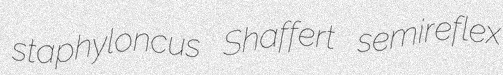
staphyloncus Shaffert semireflex